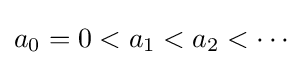
a_{0}=0<a_{1}<a_{2}<\cdots